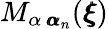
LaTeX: M_{\alpha\, {\pmb\alpha}_{n}}({\pmb\xi})